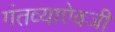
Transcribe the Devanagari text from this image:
गंतव्याऐवजी